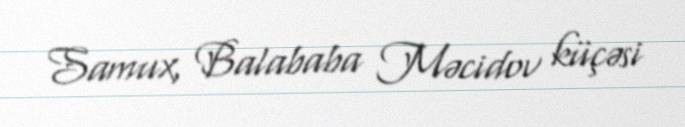
Samux, Balababa Məcidov küçəsi